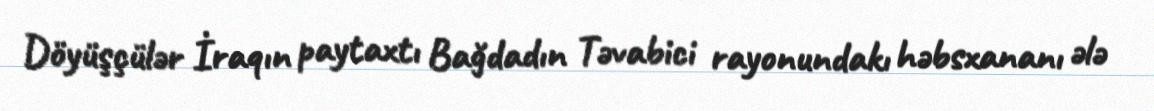
Döyüşçülər İraqın paytaxtı Bağdadın Təvabici rayonundakı həbsxananı ələ